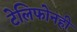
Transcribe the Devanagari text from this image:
टेलिफोनही